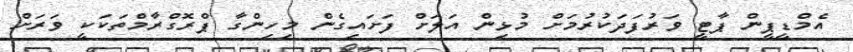
އެމްޑީޕީން ޕާޓީ ވަރުފަދަކުރުމަށް މުޅިން އަލަށް ފަށައިގެން މިހިންގާ ޕްރޮގްރާމްތަކަކީ ވަރަށް